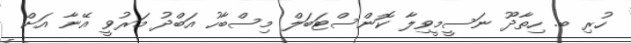
ހުރި ބ. ހިތާދޫ ނަސީމީވިލާ ކޮންސްޓަބަލް މިސްބާހު އަބްދު މަރުވީ އޭނާ އަށް